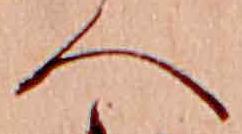
へ